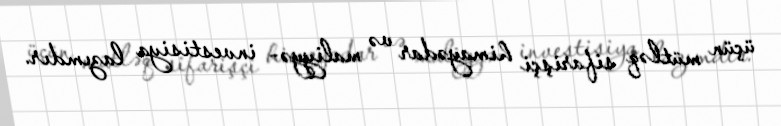
üçün mütləq sifarişçi himayədar və maliyyə- investisiya lazımdır.